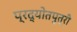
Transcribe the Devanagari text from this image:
प्रद्योतपुत्री